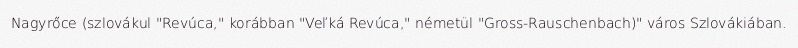
Nagyrőce (szlovákul "Revúca," korábban "Veľká Revúca," németül "Gross-Rauschenbach)" város Szlovákiában.